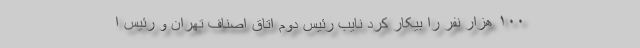
۱۰۰ هزار نفر را بیکار کرد نایب رئیس دوم اتاق اصناف تهران و رئیس ا